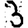
Digit: 3